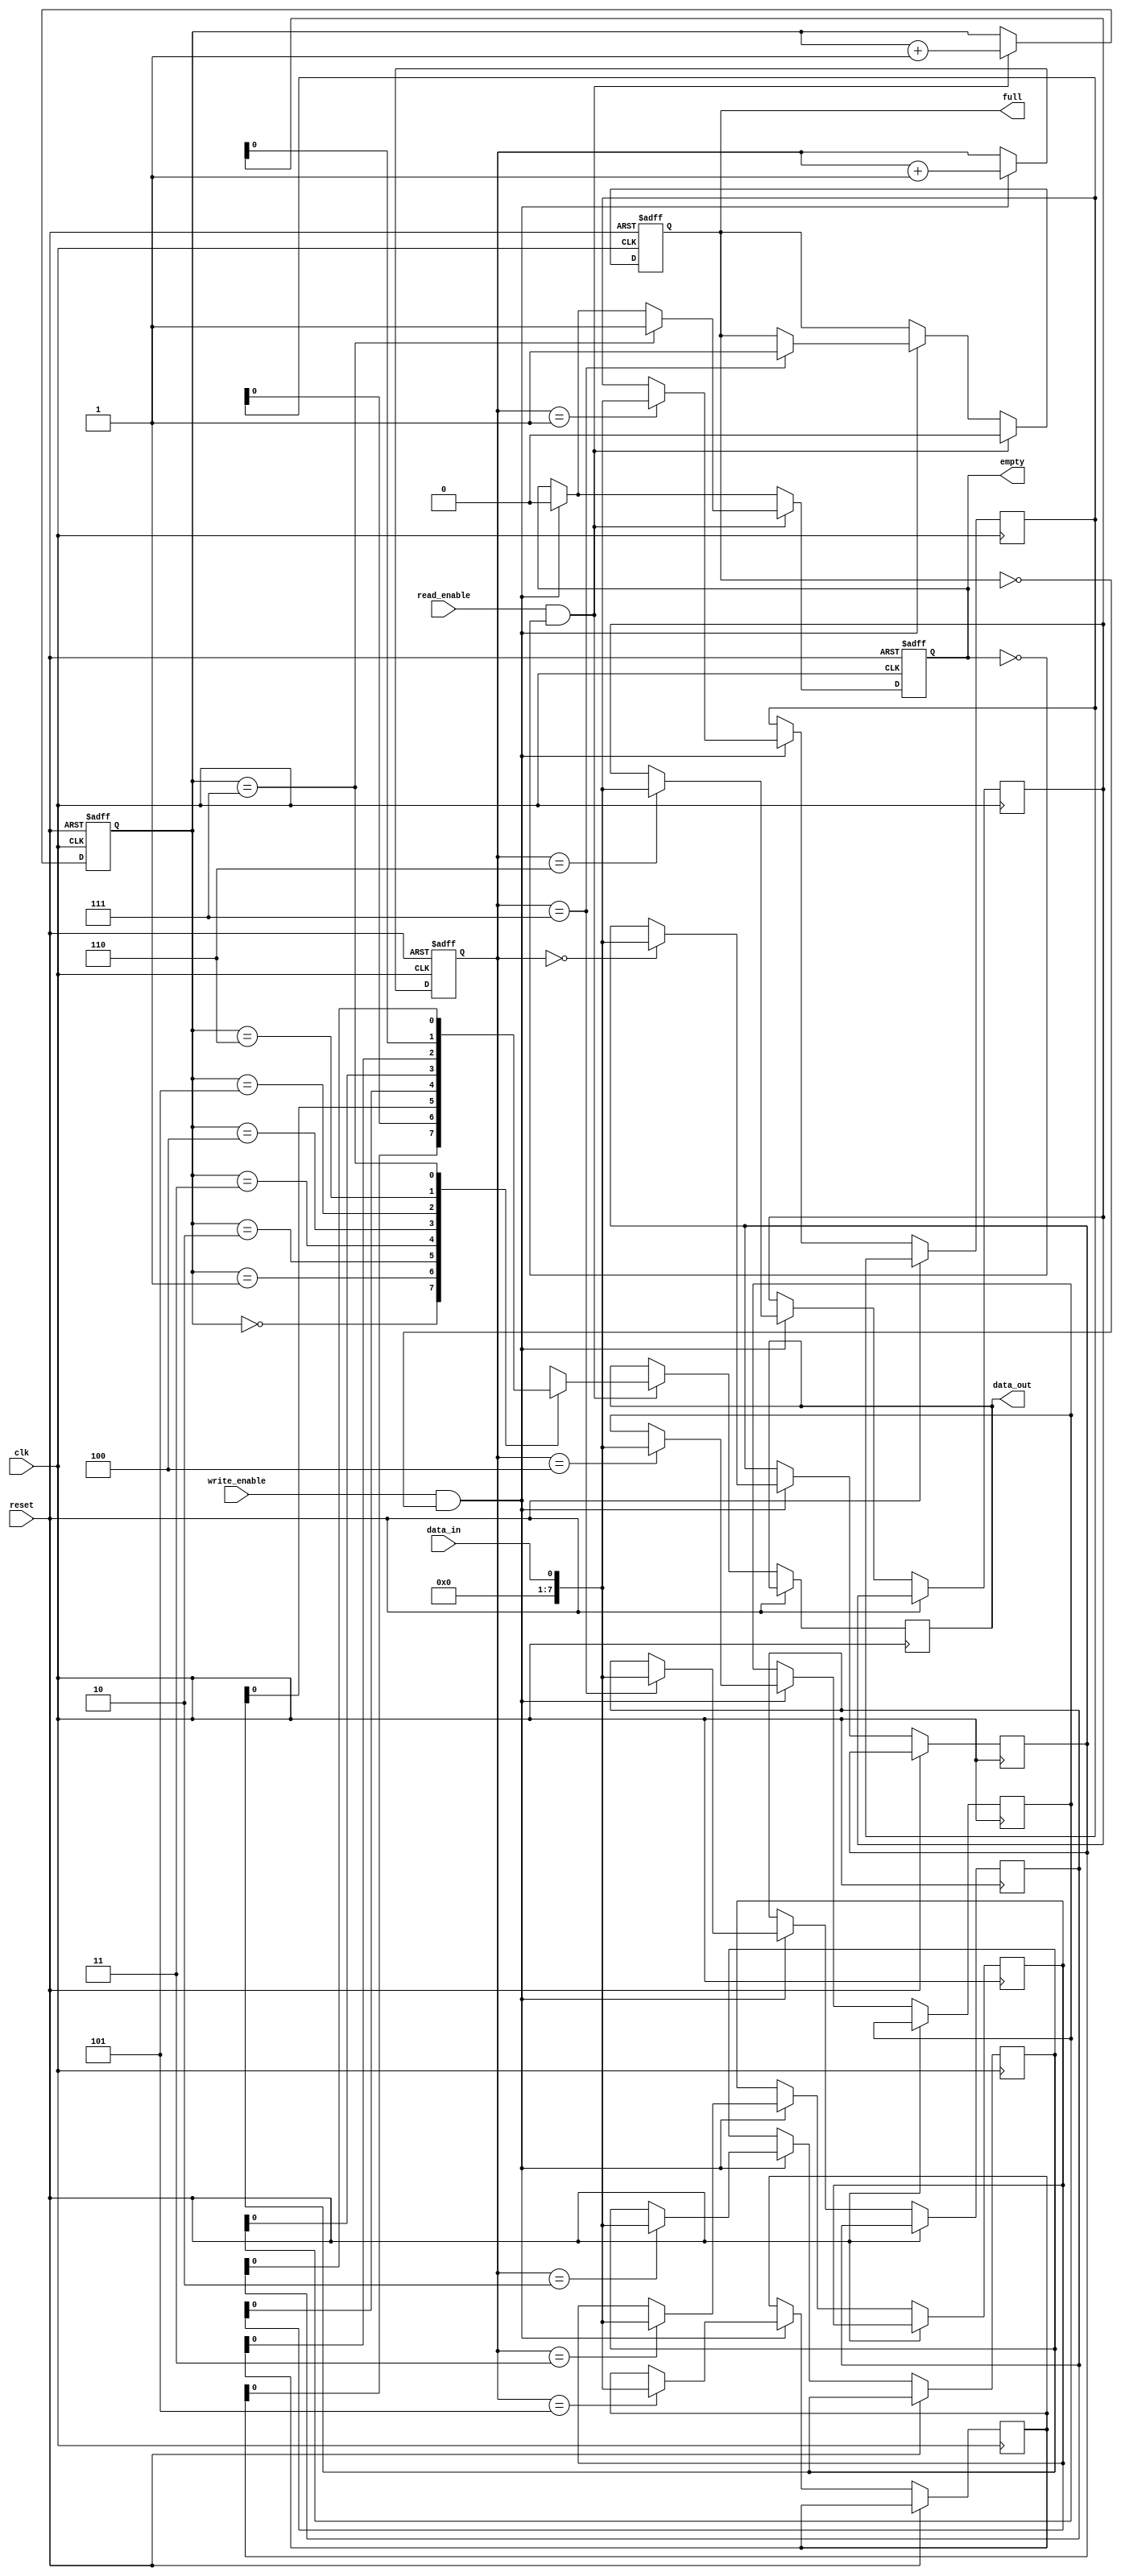
module async_fifo(
    input wire clk,
    input wire reset,
    input wire write_enable,
    input wire read_enable,
    input wire data_in,
    output reg data_out,
    output reg full,
    output reg empty
);


reg [7:0] fifo [0:7]; // 8-bit wide and 8-depth FIFO
reg [2:0] write_ptr = 3'b000; // Initialize write pointer
reg [2:0] read_ptr = 3'b000; // Initialize read pointer

always @(posedge clk or posedge reset) begin
    if (reset) begin
        write_ptr <= 3'b000;
        read_ptr <= 3'b000;
        full <= 1'b0;
        empty <= 1'b1;
    end else begin
        if (write_enable && !full) begin
            fifo[write_ptr] <= data_in;
            write_ptr <= write_ptr + 1;
            if (write_ptr == 3'b111) begin
                full <= 1'b1;
            end
            empty <= 1'b0;
        end
        
        if (read_enable && !empty) begin
            data_out <= fifo[read_ptr];
            read_ptr <= read_ptr + 1;
            if (read_ptr == 3'b111) begin
                empty <= 1'b1;
            end
            full <= 1'b0;
        end
    end
end

endmodule